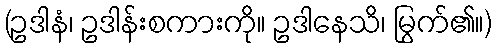
(ဥဒါနံ၊ ဥဒါန်းစကားကို။ ဥဒါနေသိ၊ မြွက်၏။)